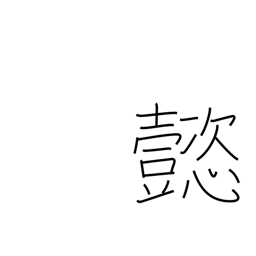
Meaning: splendid